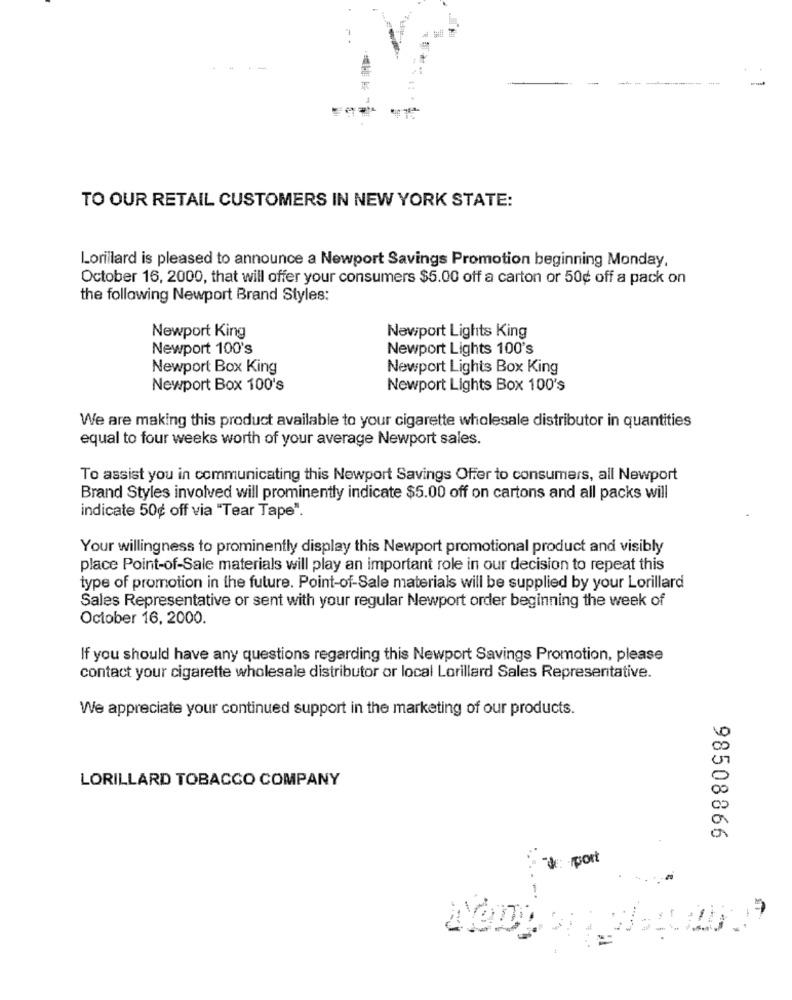
--
-
TO OUR RETAIL CUSTOMERS IN NEW YORK STATE:
Lorillard is pleased to announce a Newport Savings Promotion beginning Monday,
October 16, 2000, that will offer your consumers $5.00 off a carton or 50¢ off a pack on
the following Newport Brand Styles:
Newport King
Newport Lights King
Newport 100's
Newport Lights 100's
Newport Box King
Newport Lights Box King
Newport Box 100's
Newport Lights Box 100's
We are making this product available to your cigarette wholesale distributor in quantities
equal to four weeks worth of your average Newport sales.
To assist you in communicating this Newport Savings Offer to consumers, all Newport
Brand Styles involved will prominently indicate $5.00 off on cartons and all packs will
indicate 50¢ off via "Tear Tape".
Your willingness to prominently display this Newport promotional product and visibly
place Point-of-Sale materials will play an important role in our decision to repeat this
type of promotion in the future. Point-of-Sale materials will be supplied by your Lorillard
Sales Representative or sent with your regular Newport order beginning the week of
October 16, 2000.
If you should have any questions regarding this Newport Savings Promotion, please
contact your cigarette wholesale distributor or local Lorillard Sales Representative.
We appreciate your continued support in the marketing of our products.
LORILLARD TOBACCO COMPANY
98508866
"The port